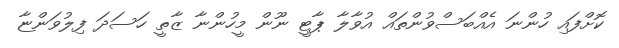
ކޮށްފައި ހުންނަ އެއްބަސްވުންތައް އުވާލާ ޕާޓީ ނޫން މީހުންނާ ޒާތީ ހަސަދަ ފިލުވަންޏާ